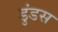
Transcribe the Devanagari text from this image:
डुंडस